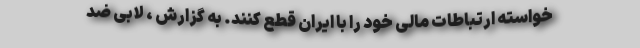
خواسته ارتباطات مالی خود را با ایران قطع کنند. به گزارش ، لابی ضد